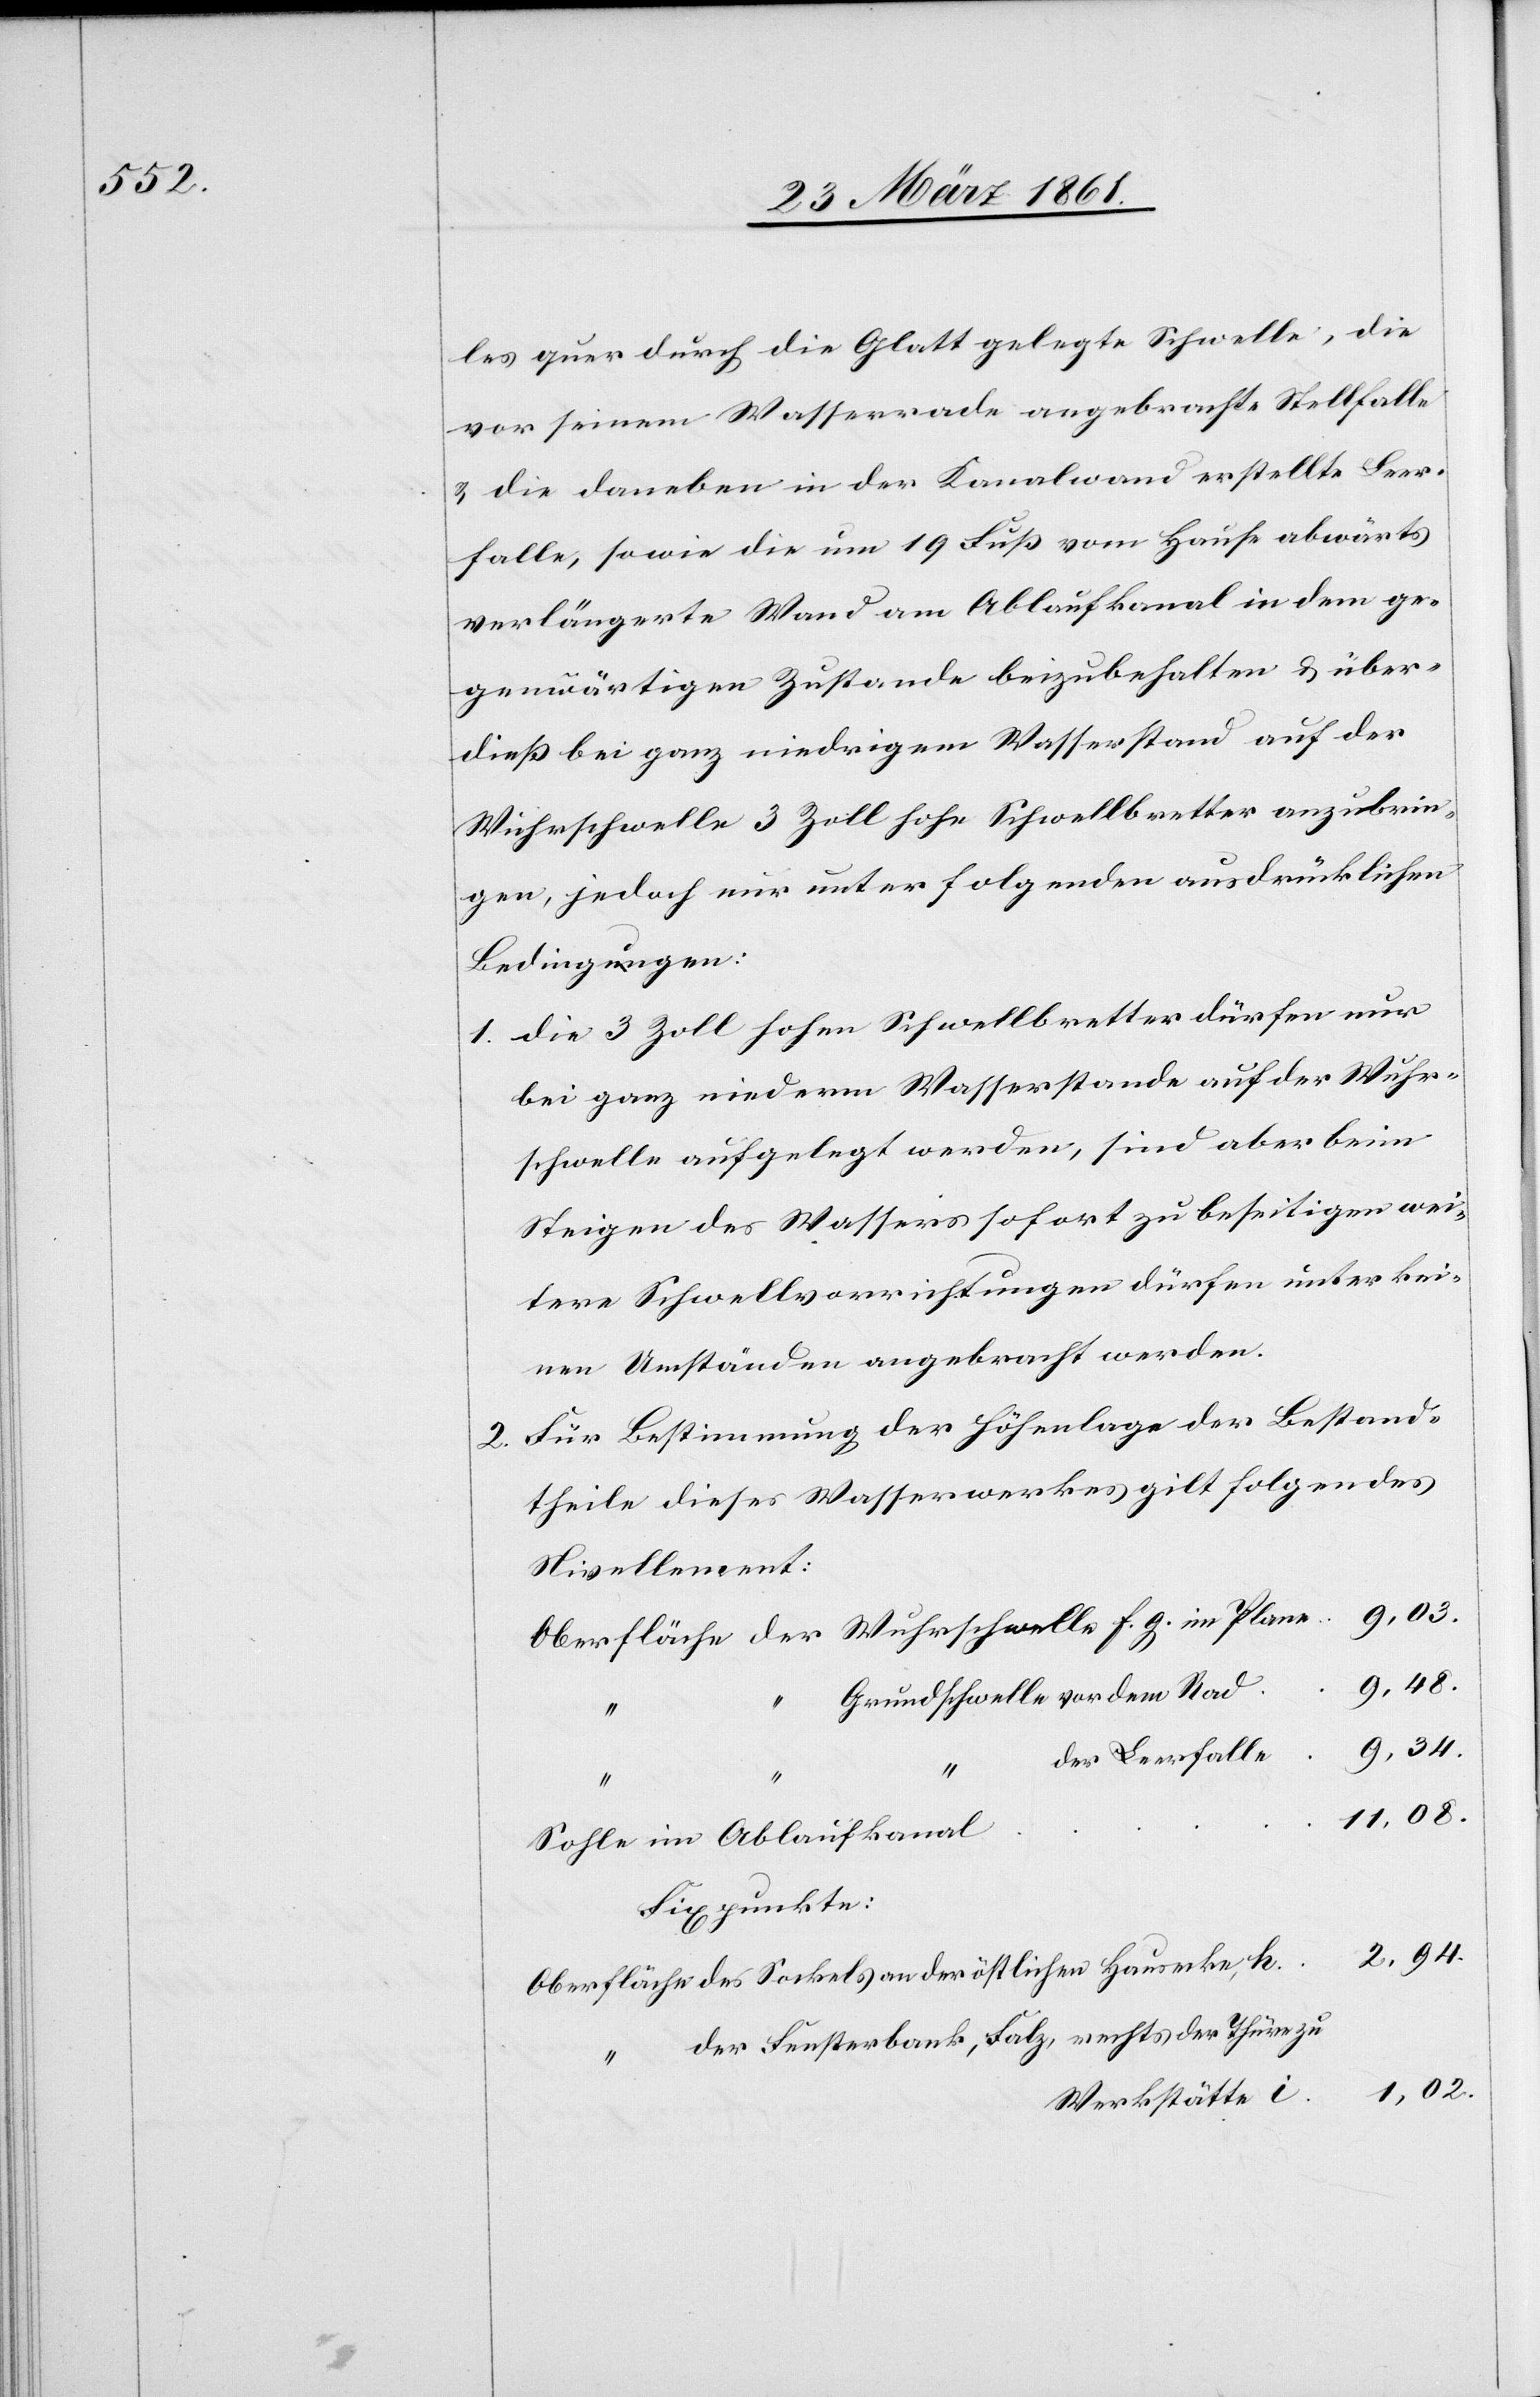
les quer durch die Glatt gelegte Schwelle, die
vor seinem Wasserrade angebrachte Stellfalle
u. die daneben in der Kanalwand erstellte Leer¬
falle, sowie die um 19 Fuß vom Hause abwärts
verlängerte Wand am Ablaufkanal in dem ge¬
genwärtigen Zustande beizubehalten u. über¬
dieß bei ganz niedrigem Wasserstand auf der
Wuhrschwelle 3 Zoll hohe Schwellbretter anzubrin¬
gen, jedoch nur unter folgenden ausdrücklichen
Bedingungen:
1. Die 3 Zoll hohen Schwellbretter dürfen nur
bei ganz niederm Wasserstande auf der Wuhr¬
schwelle aufgelegt werden, sind aber beim
Steigen des Wassers sofort zu beseitigen wei¬
tere Schwellvorrichtungen dürfen unter kei¬
nen Umständen angebracht werden.
2. Für Bestimmung der Höhenlage der Bestand¬
theile dieses Wasserwerkes gilt folgendes
Nivellement:
Grundschwelle vor dem Rad
9,34.
“
der Leerfallle
11,08.
Sohle im Ablaufkanal
Fixpunkte:
2,94.
der Fensterbank, Salz, rechts der Thüre zu
Werkstätte i.